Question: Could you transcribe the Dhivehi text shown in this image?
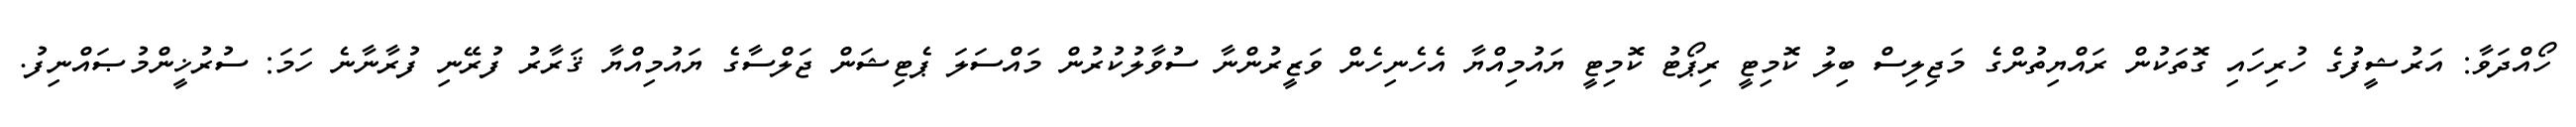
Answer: ހޯއްދަވާ: އަރުޝީފުގެ ހުރިހައި ގޮތަކުން ރައްޔިތުންގެ މަޖިލިސް ބިލު ކޮމިޓީ ރިޕޯޓު ކޮމިޓީ ޔައުމިއްޔާ އެހެނިހެން ވަޒީރުންނާ ސުވާލުކުރުން މައްސަލަ ޕެޓިޝަން ޖަލްސާގެ ޔައުމިއްޔާ ޤަރާރު ފުރޭނި ފުރާނާނެ ހަމަ: ސުރުޚީންމުޞައްނިފު.